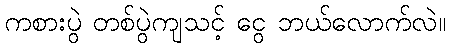
ကစားပွဲ တစ်ပွဲကျသင့် ငွေ ဘယ်လောက်လဲ။